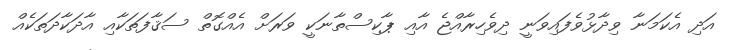
އަދި އެކަމަނާ ވިދާޅުވެފައިވަނީ ދިވެހިރާއްޖެ އާއި ޕާކިސްތާނަކީ ވަރަށް އެއްގޮތް ސަޤާފަތަކާއި އާދަކާދަތަކެއް